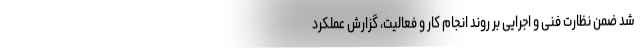
شد ضمن نظارت فنی و اجرایی بر روند انجام کار و فعالیت، گزارش عملکرد